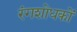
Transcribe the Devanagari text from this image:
रंगशोधकों